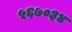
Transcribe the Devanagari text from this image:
५६७०३४